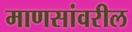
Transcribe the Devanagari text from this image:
माणसांवरील